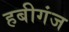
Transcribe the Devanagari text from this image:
हबीगंज